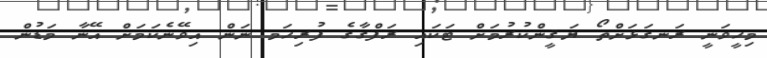
މިހީވަނީ ރަނގަޅަށްތޯ ޔަޤީންކުރުމަށް ޓަކައި ރަފްގާގެ ފުރިހަމ ނަން އިވޭނެކަމަށް އޭނާ މަޑުން